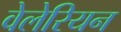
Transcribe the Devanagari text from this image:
वेलेरियन